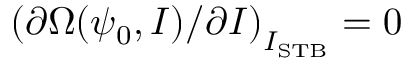
\left( \partial \Omega ( \psi _ { 0 } , I ) / \partial I \right) _ { I _ { \mathrm { S T B } } } = 0